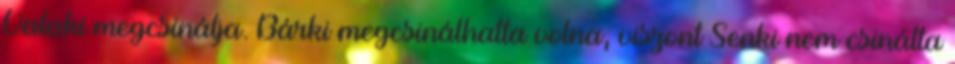
Valaki megcsinálja. Bárki megcsinálhatta volna, viszont Senki nem csinálta